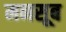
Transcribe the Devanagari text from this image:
मनसूब